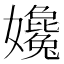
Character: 㜶